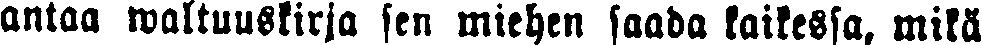
antaa waltuuskirja sen miehen saada kaikessa, mikä